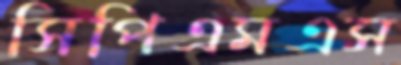
সিপিএমএস